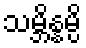
သမ္ဘိန္နမ္ပိ